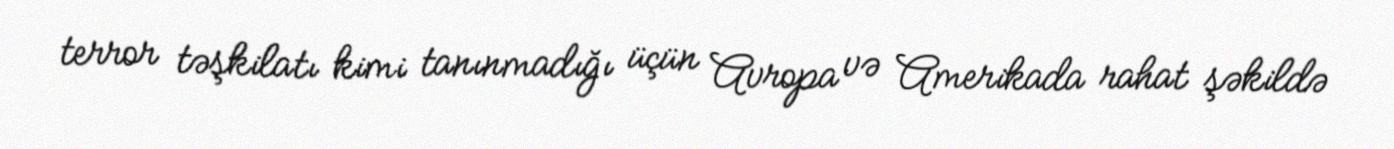
terror təşkilatı kimi tanınmadığı üçün Avropa və Amerikada rahat şəkildə